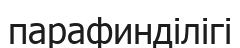
парафинділігі